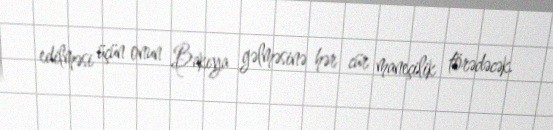
edilməsi üçün onun Bakıya gəlməsinə hər cür maneçilik törədəcək.